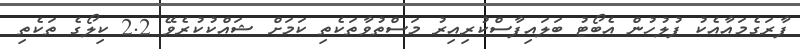
ފާރަގެމައާއެކު ފުލުހުން އެބޯޓު ބަލައިފާސްކުރިއިރު މަސްތުވާތަކެތި ކަމަށް ޝައްކުކުރެވޭ 2.2 ކިލޯގެ ތަކެތި